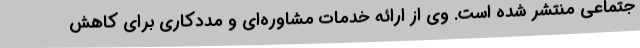
جتماعی منتشر شده است. وی از ارائه خدمات مشاوره‌ای و مددکاری برای کاهش